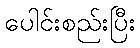
ပေါင်းစည်းပြီး